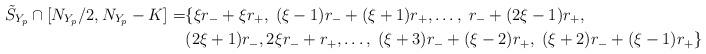
LaTeX: \begin{align*} \tilde{S}_{Y_p}\cap[N_{Y_p}/2, N_{Y_p}-K]=& \{ \xi r_-+\xi r_+,\; (\xi-1)r_-+(\xi+1)r_+,\dots,\;r_-+(2\xi-1)r_+, \\ &(2\xi+1)r_-,2\xi r_-+r_+,\dots,\; (\xi+3)r_-+(\xi-2)r_+, \; (\xi+2)r_-+(\xi-1)r_+ \}.\end{align*}